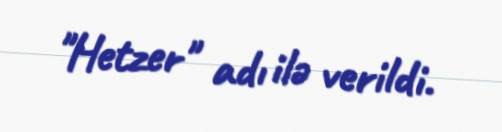
"Hetzer" adı ilə verildi.